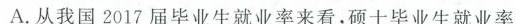
A.从我国2017届毕业生就业率来看，硕士毕业生就业率